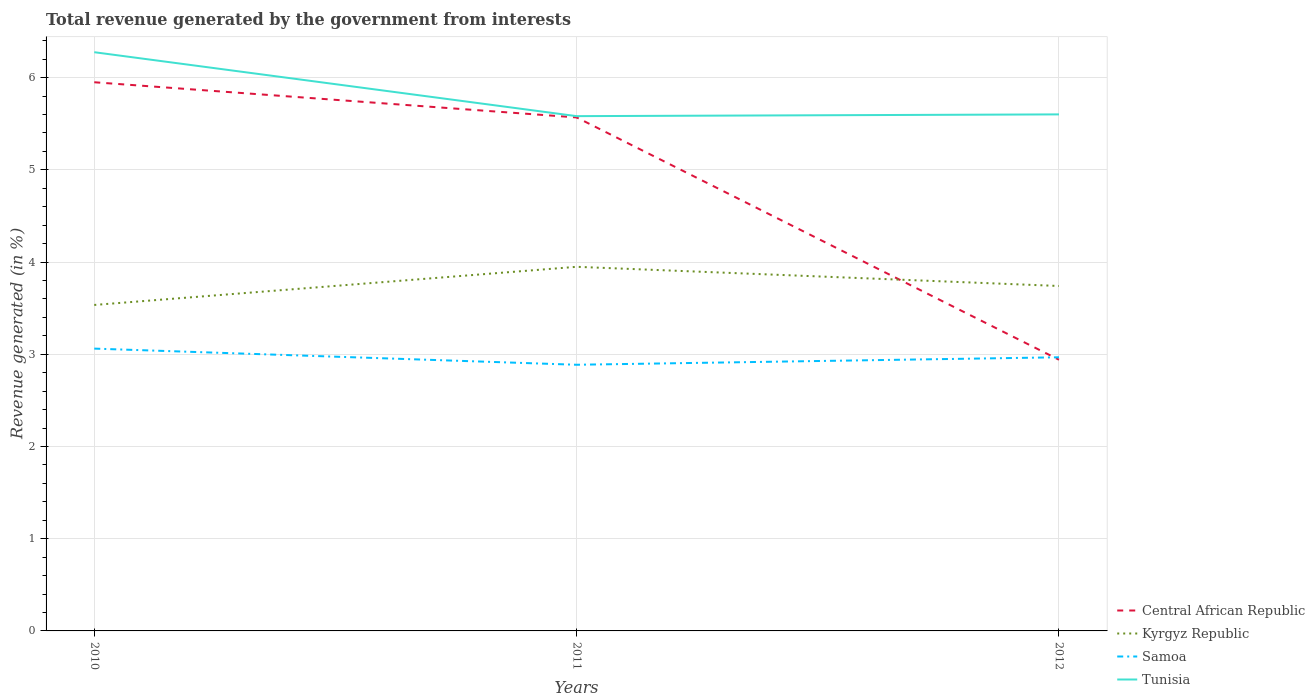
| Years | Central African Republic | Kyrgyz Republic | Samoa | Tunisia |
 | --- | --- | --- | --- | --- |
 | 2010 | 5.95 | 3.53 | 3.06 | 6.28 |
 | 2011 | 5.57 | 3.95 | 2.89 | 5.58 |
 | 2012 | 2.94 | 3.74 | 2.97 | 5.6 |